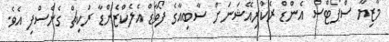
މާޒިޔާ ސްޕޯޓްސް އެންޑް ރެކްރިއޭޝަނަށް ސާބިއާގެ ފޯވާޑް އެލެކްޒެންޑާ ރަކިޗް ގެނެސްފި އެވެ.